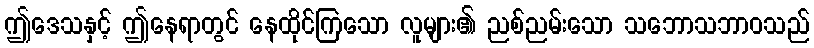
ဤဒေသနှင့် ဤနေရာတွင် နေထိုင်ကြသော လူများ၏ ညစ်ညမ်းသော သဘောသဘာဝသည်